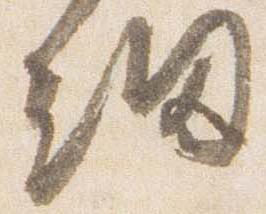
細